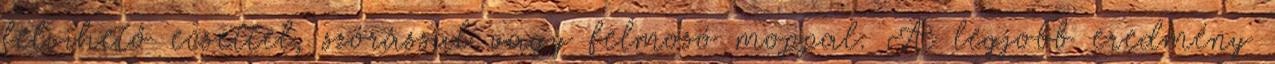
felvihető ecsettel, szórással vagy felmosó moppal. A legjobb eredmény